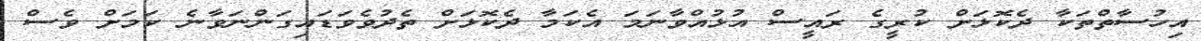
އިހުސާތްތަކާ ދެކޮޅަށް ކުރީގެ ރައީސް އުޅުއްވާނަމަ އެކަމާ ދެކޮޅަށް ތެދުވެވަޑައިގަންނަވާނެ ކަމަށް ވެސް